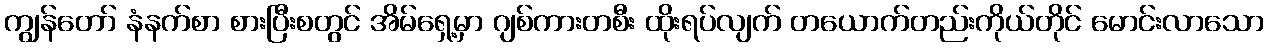
ကျွန်တော် နံနက်စာ စားပြီးစတွင် အိမ်ရှေ့မှာ ဂျစ်ကားတစီး ထိုးရပ်လျက် တယောက်တည်းကိုယ်တိုင် မောင်းလာသော